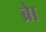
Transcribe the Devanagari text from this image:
ब्राे